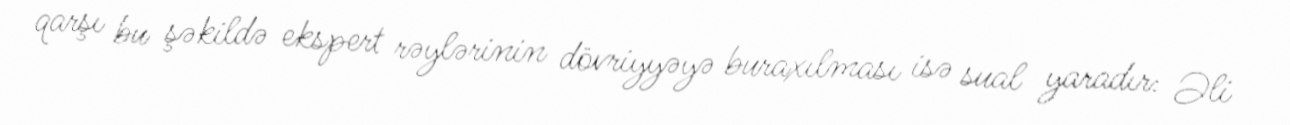
qarşı bu şəkildə ekspert rəylərinin dövriyyəyə buraxılması isə sual yaradır: Əli